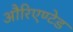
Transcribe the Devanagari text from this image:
औरिएण्टेड